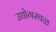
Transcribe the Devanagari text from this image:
उद्योगस्थळ